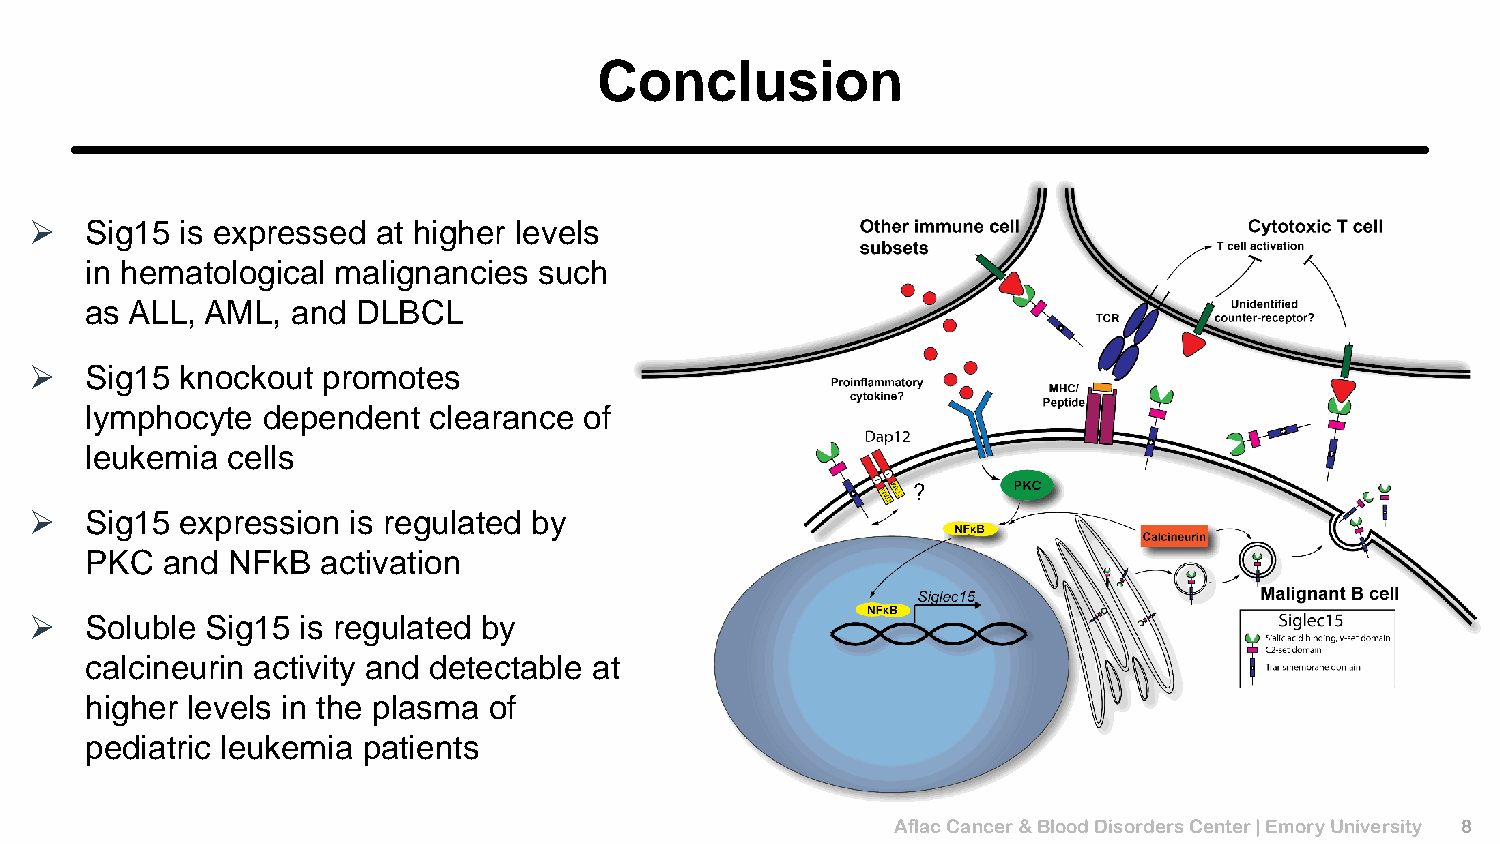
Conclusion
 ➢   Sig15 is expressed at higher levels
 in hematological malignancies such
 as ALL, AML, and  DLBCL
 ➢   Sig15 knockout promotes
 lymphocyte dependent  clearance  of
 leukemia cells
 ?
 ➢   Sig15 expression is regulated by
 PKC  and NFkB  activation
 ➢   Soluble Sig15 is regulated by
 calcineurin activity and detectable at
 higher levels in the plasma of
 pediatric leukemia patients
 Aflac Cancer & Blood Disorders Center | Emory University 8